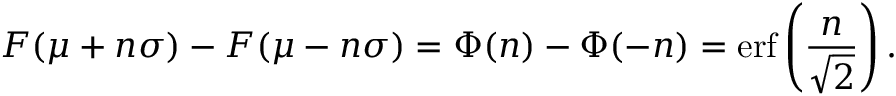
F ( \mu + n \sigma ) - F ( \mu - n \sigma ) = \Phi ( n ) - \Phi ( - n ) = \operatorname { e r f } \left( { \frac { n } { \sqrt { 2 } } } \right) .